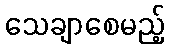
သေချာစေမည့်